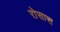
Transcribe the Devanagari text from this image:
रोसास